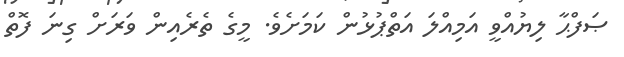
ޞަފްޙާ ލިޔުއްވީ އަމިއްލަ އަތްޕުޅުން ކަމަށެވެ. މީގެ ތެރެއިން ވަރަށް ގިނަ ފޮތް